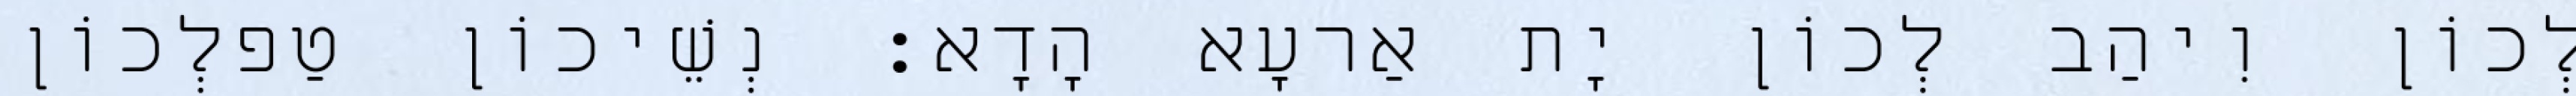
לְכוֹן וִיהַב לְכוֹן יָת אַרעָא הָדָא׃ נְשֵׁיכוֹן טַפלְכוֹן